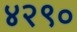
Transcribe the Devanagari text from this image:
४२९०